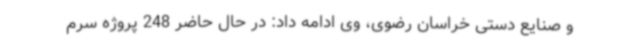
و صنایع دستی خراسان رضوی، وی ادامه داد: در حال حاضر 248 پروژه سرم